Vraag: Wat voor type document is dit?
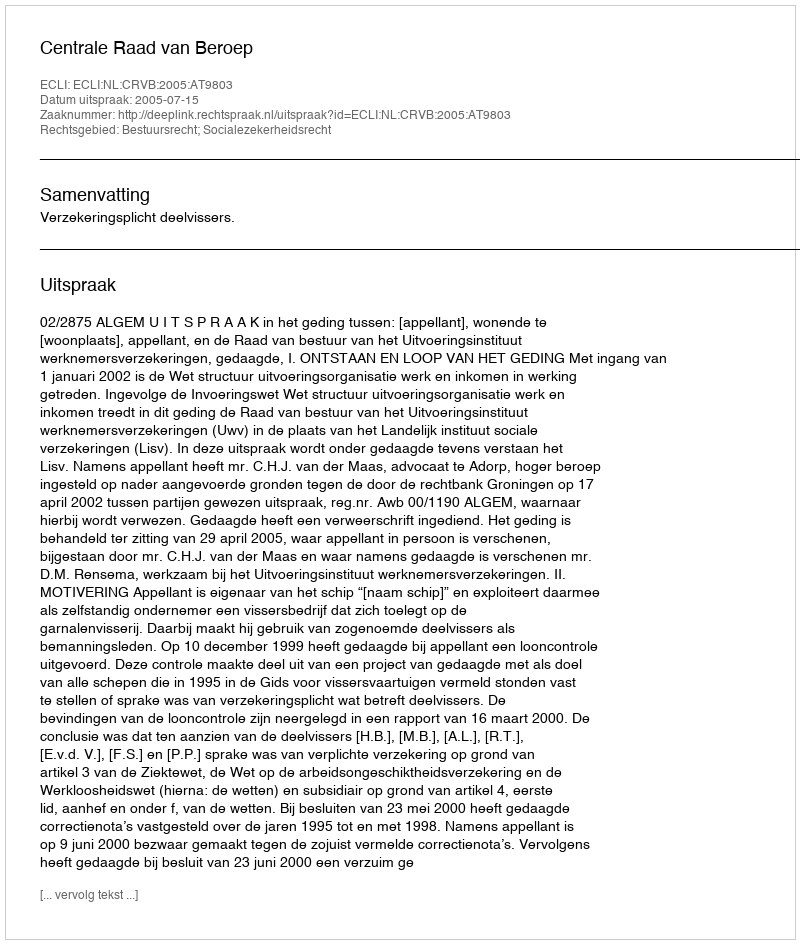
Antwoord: Uitspraak